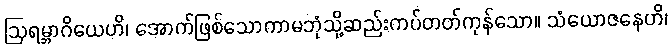
ဩရမ္ဘာဂိယေဟိ၊ အောက်ဖြစ်သောကာမဘုံသို့ဆည်းကပ်တတ်ကုန်သော။ သံယောဇနေဟိ၊